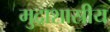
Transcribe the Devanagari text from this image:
मुद्राशास्रीय